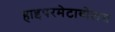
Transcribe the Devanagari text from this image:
हाइपरमेटाबोलस